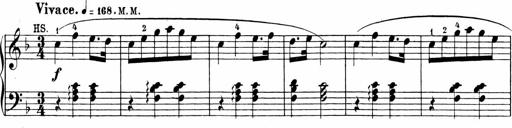
Title: Sonatinen Op.47, 98 und 136, nebst 6 Liedersonatinen
Composer: Carl Reinecke